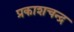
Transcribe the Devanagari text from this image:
प्रकाशचन्द्र